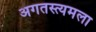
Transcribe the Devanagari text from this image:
अगतस्त्यमला